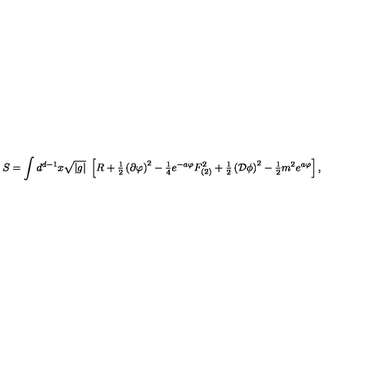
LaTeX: S = \int d ^ { d - 1 } x \sqrt { | g | } \ \left[ R + { \textstyle \frac { 1 } { 2 } } \left( \partial \varphi \right) ^ { 2 } - { \textstyle \frac { 1 } { 4 } } e ^ { - a \varphi } F _ { ( 2 ) } ^ { 2 } + { \textstyle \frac { 1 } { 2 } } \left( { \cal D } \phi \right) ^ { 2 } - { \textstyle \frac { 1 } { 2 } } m ^ { 2 } e ^ { a \varphi } \right] ,